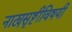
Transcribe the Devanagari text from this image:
नाट्यसृष्टीविषयी